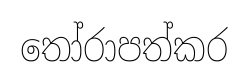
තෝරාපත්කර